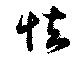
怯